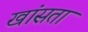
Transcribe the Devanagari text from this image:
खांसता